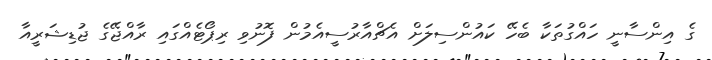
ގެ އިންސާނީ ހައްގުތަކާ ބެހޭ ކައުންސިލަށް އެޗްއާރުސީއެމުން ފޮނުވި ރިޕޯޓެއްގައި ރާއްޖޭގެ ޖުޑިޝަރީއާ